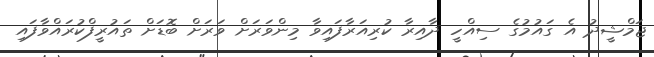
ޖަމްޝީދު އެ ގައުމުގެ ސިއްހީ ދާއިރާ ކުރިއަރާފައިވާ މިންވަރަށް ވަރަށް ބޮޑަށް ތައުރީފްކުރައްވާފައި